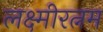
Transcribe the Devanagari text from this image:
लक्ष्मीरत्नम